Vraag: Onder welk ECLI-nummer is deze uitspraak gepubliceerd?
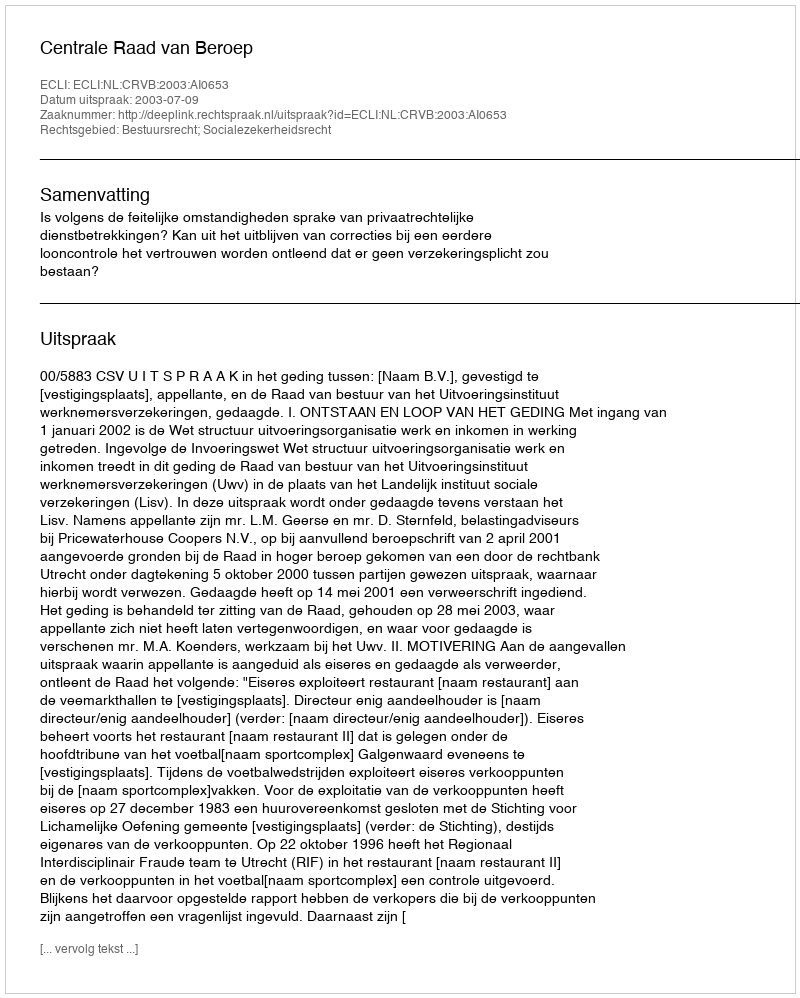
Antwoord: ECLI:NL:CRVB:2003:AI0653